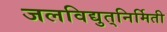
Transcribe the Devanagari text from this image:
जलविद्युत्‌निर्मिती